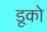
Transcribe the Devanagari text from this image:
डूको